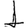
Digit: 1